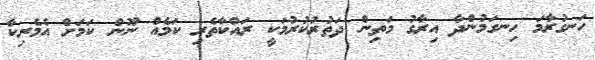
ހަނގުރާމަ ހިނގަމުންދާ އިރާގު މަތިން ދަތުރުކުރުމަކީ ރައްކާތެރި ކަމެއް ނޫން ކަމަށް އެމެރިކާ